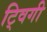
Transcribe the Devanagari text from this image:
ट्विगी